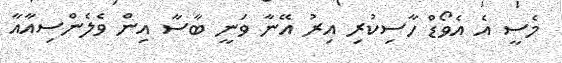
މެސީ އެ އެވޯޑް ހާސިކުރި އިރު އޭނާ ވަނީ ބާސާ އިން ވެލެންސިއާއާ